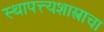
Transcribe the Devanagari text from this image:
स्थापत्त्यशास्त्राचा